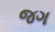
જગ